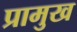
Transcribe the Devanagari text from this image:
प्रामुख